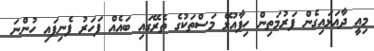
މިއީ ދާއަޅައިގެން ފަރުމަތިން ހިފާއުޅޭ މަސްތަކުގެ ތެރޭގައި ބައެއް ފަހަރު ފެނިފައި ހުންނަ